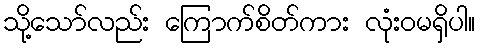
သို့သော်လည်း ကြောက်စိတ်ကား လုံးဝမရှိပါ။